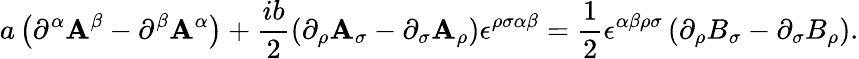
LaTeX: a\left(\partial^{\alpha}\mathbf{A}^{\beta}-\partial^{\beta}\mathbf{A}^{\alpha}\right)+\frac{{ib}}{{2}}\left(\partial_{\rho}\mathbf{A}_{\sigma}-\partial_{\sigma}\mathbf{A}_{\rho}\right)\epsilon^{\rho\sigma\alpha\beta}=\frac{{1}}{{2}}\epsilon^{\alpha\beta\rho\sigma}\left(\partial_{\rho}B_{\sigma}-\partial_{\sigma}B_{\rho}\right).